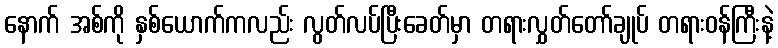
နောက် အစ်ကို နှစ်ယောက်ကလည်း လွတ်လပ်ပြီးခေတ်မှာ တရားလွှတ်တော်ချုပ် တရားဝန်ကြီးနဲ့